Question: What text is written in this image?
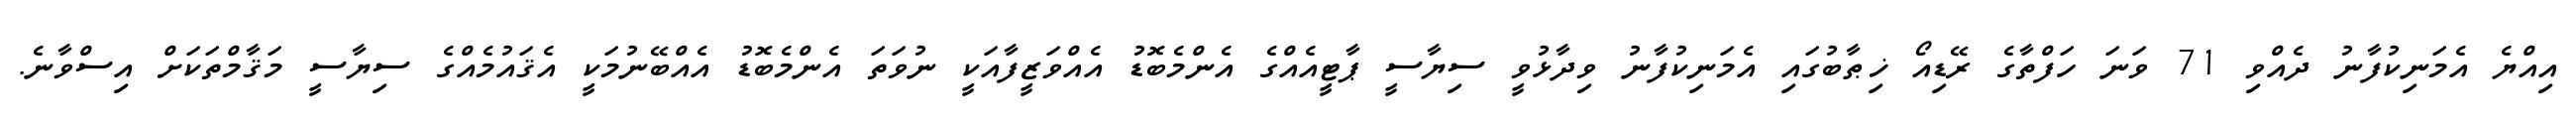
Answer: އިއްޔެ އެމަނިކުފާނު ދެއްވި 71 ވަނަ ހަފްތާގެ ރޭޑިއޯ ޚިޠާބުގައި އެމަނިކުފާނު ވިދާޅުވީ ސިޔާސީ ޕާޓީއެއްގެ އެންމެބޮޑު އެއްވަޒީފާއަކީ ނުވަތަ އެންމެބޮޑު އެއްބޭނުމަކީ އެޤައުމެއްގެ ސިޔާސީ މަޤާމްތަކަށް އިސްވާނެ.